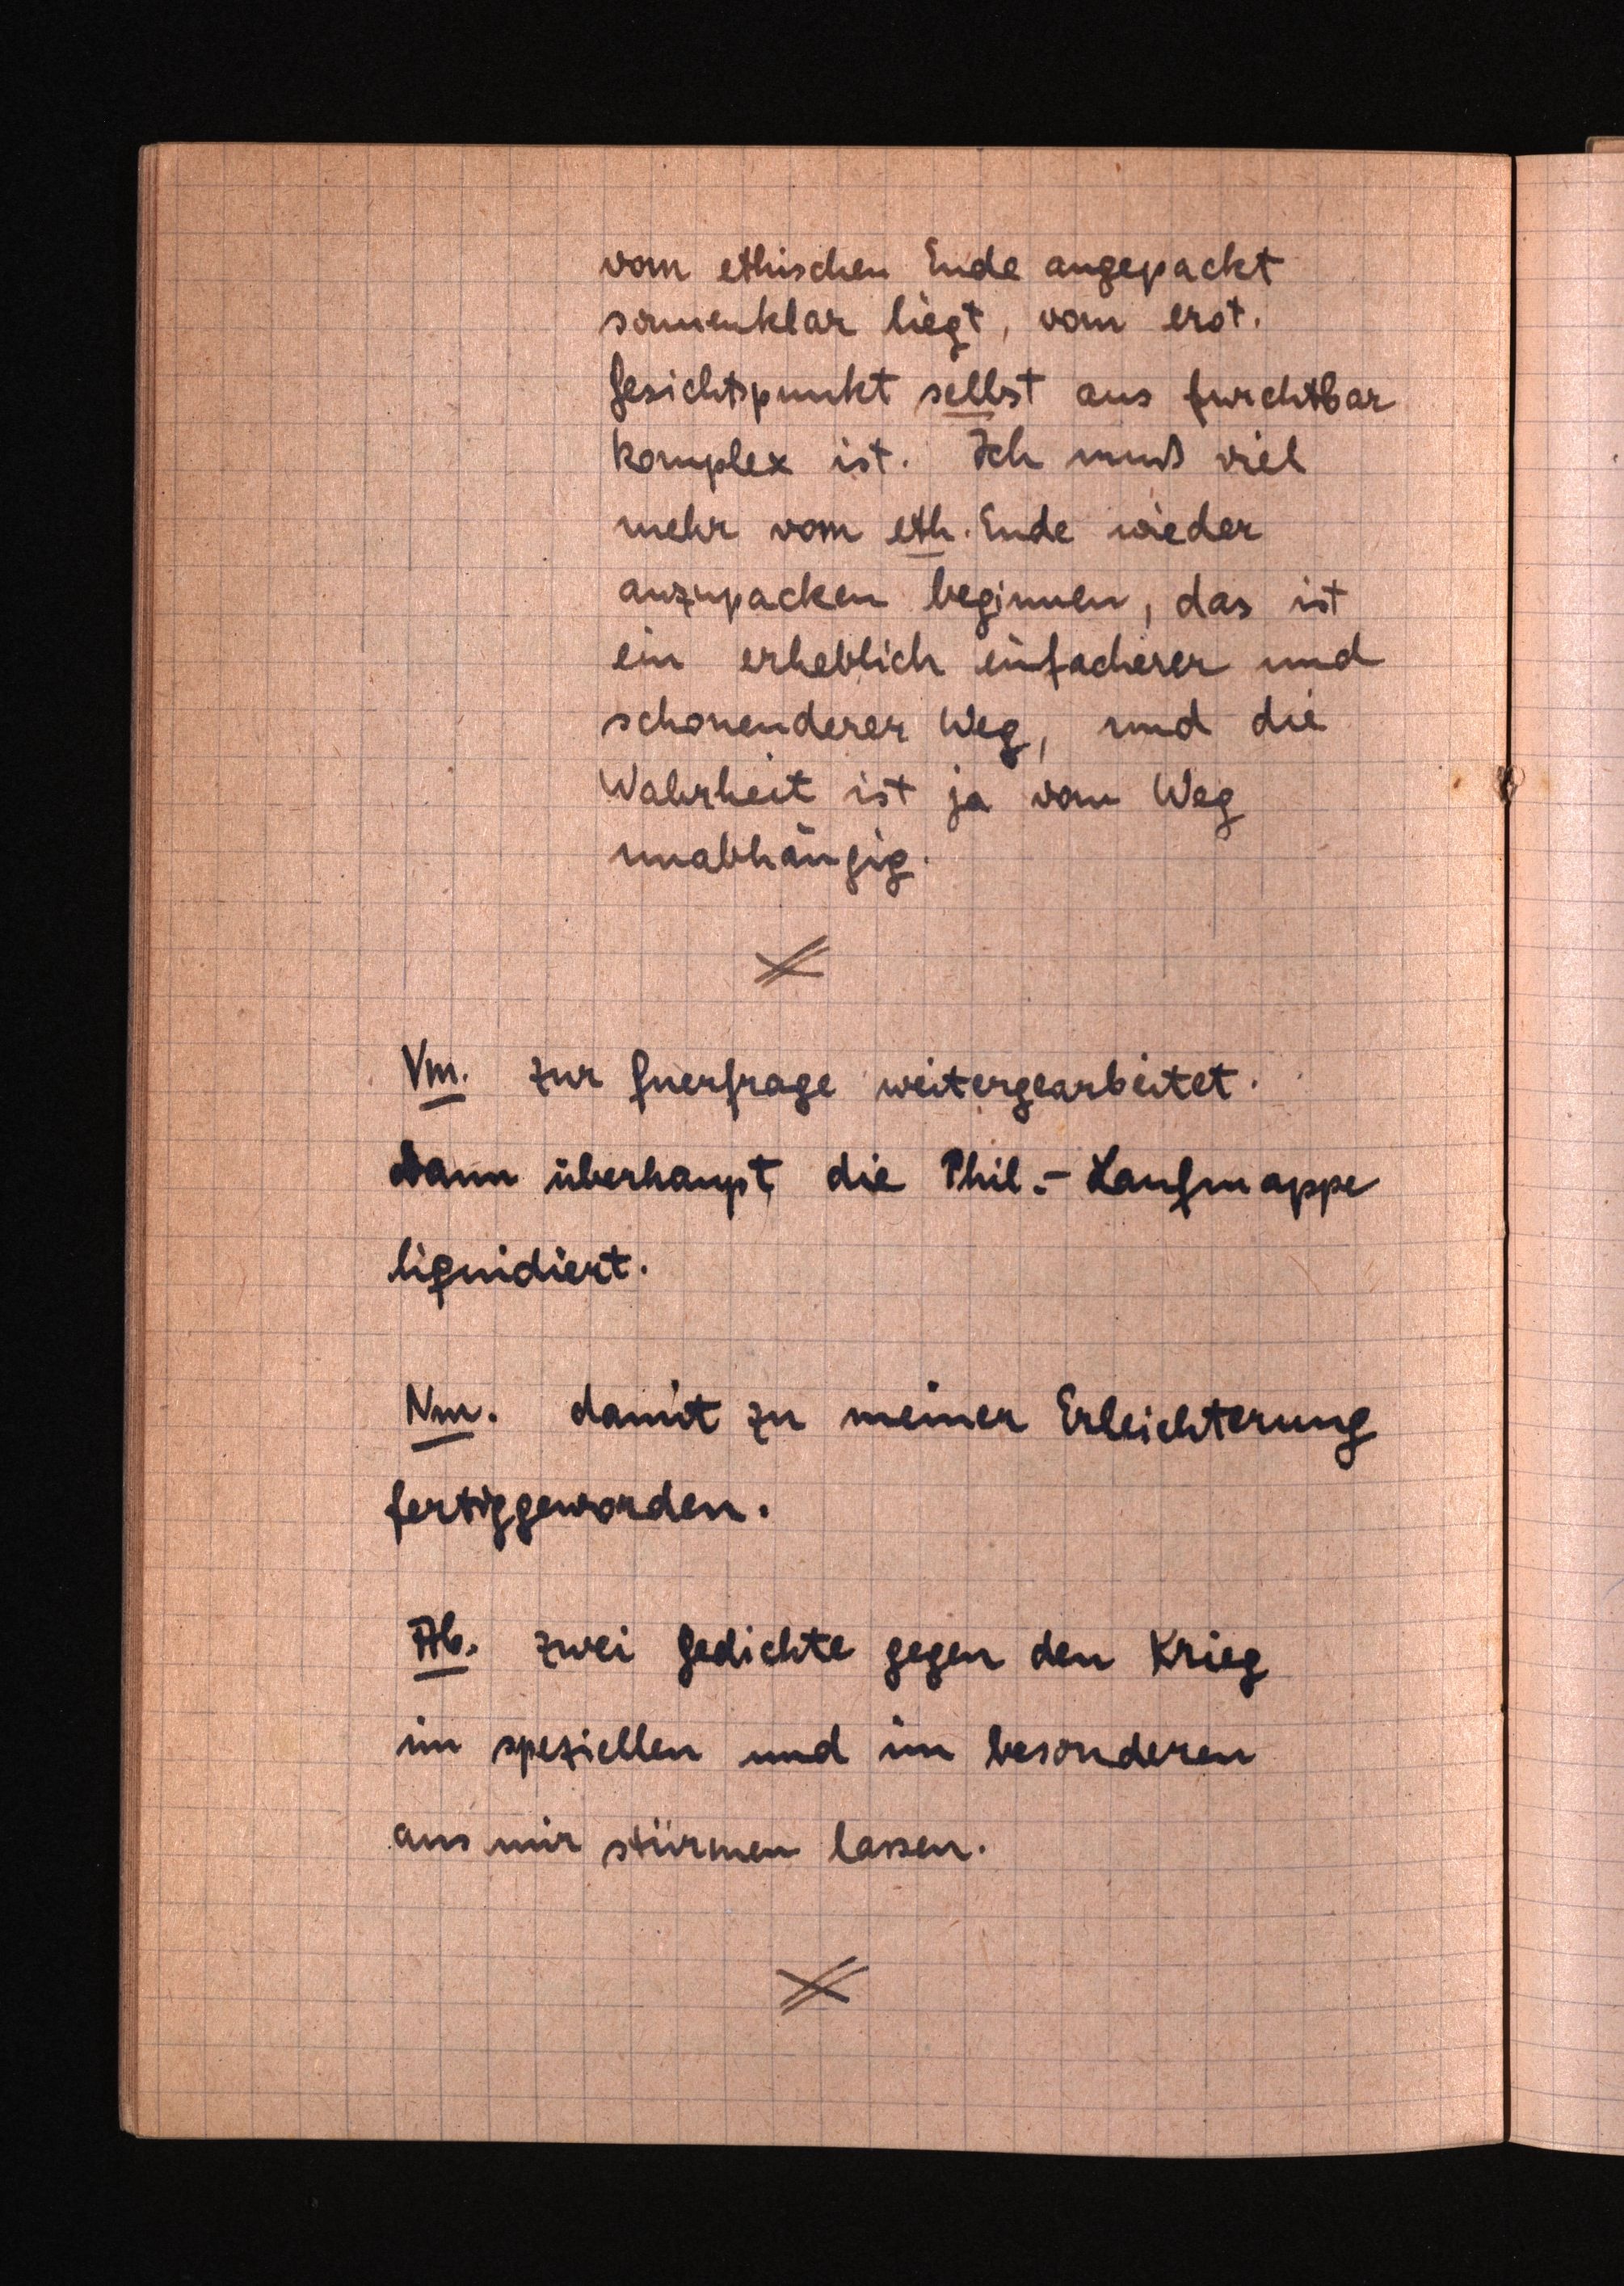
vom ethischen Ende angepackt
sonnenklar liegt, vom erot.
Gesichtspunkt selbst aus furchtbar
komplex ist. Ich muß viel
mehr vom eth.Ende wieder
anzupacken beginnen, das ist
ein erheblich einfachererund
schonenderer Weg, und die
Wahrheit ist ja vom Weg
unabhängig.
Vm. zur Querfrage weitergearbeitet.
Dann überhauptdie Phil.-Laufmappe
liquidiert.
Nm. damit zu meiner Erleichterung
fertiggeworden.
Ab. zwei Gedichte gegen den Krieg
im peziellen und im esonderen
aus mir stürmen lassen.